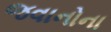
જવાનોના